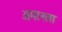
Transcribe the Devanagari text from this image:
अमानला